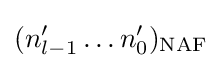
(n_{l-1}'\dots n_{0}')_{\text{NAF}}